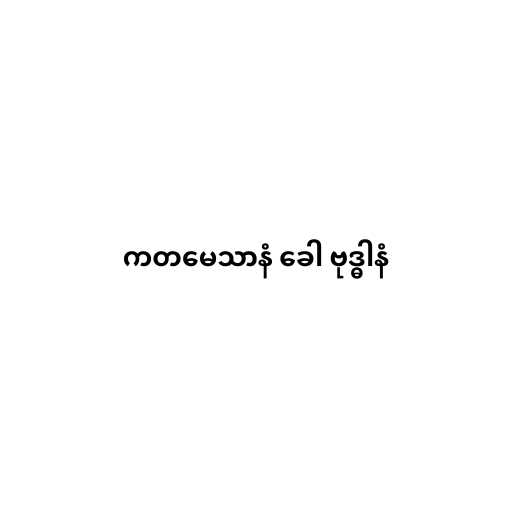
ကတမေသာနံ ခေါ ဗုဒ္ဓါနံ